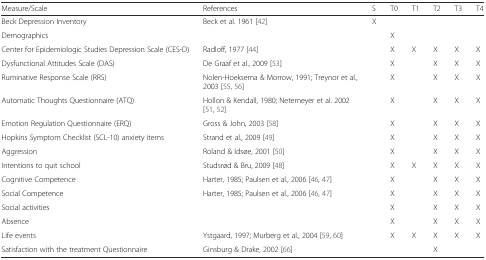
<table><thead><tr><td><b>Measure/Scale</b></td><td><b>References</b></td><td><b>S</b></td><td><b>T0</b></td><td><b>T1</b></td><td><b>T2</b></td><td><b>T3</b></td><td><b>T4</b></td></tr></thead><tbody><tr><td>Beck Depression Inventory</td><td>Beck et al. 1961 [42]</td><td>X</td><td></td><td></td><td></td><td></td><td></td></tr><tr><td>Demographics</td><td></td><td></td><td>X</td><td></td><td></td><td></td><td></td></tr><tr><td>Center for Epidemiologic Studies Depression Scale (CES-D)</td><td>Radloff, 1977 [44]</td><td></td><td>X</td><td>X</td><td>X</td><td>X</td><td>X</td></tr><tr><td>Dysfunctional Attitudes Scale (DAS)</td><td>De Graaf et al., 2009 [53]</td><td></td><td>X</td><td></td><td>X</td><td>X</td><td>X</td></tr><tr><td>Ruminative Response Scale (RRS)</td><td>Nolen-Hoeksema &amp; Morrow, 1991; Treynor et al., 2003 [55, 56]</td><td></td><td>X</td><td></td><td>X</td><td>X</td><td>X</td></tr><tr><td>Automatic Thoughts Questionnaire (ATQ)</td><td>Hollon &amp; Kendall, 1980; Netemeyer et al. 2002 [51, 52]</td><td></td><td>X</td><td></td><td>X</td><td>X</td><td>X</td></tr><tr><td>Emotion Regulation Questionnaire (ERQ)</td><td>Gross &amp; John, 2003 [58]</td><td></td><td>X</td><td></td><td>X</td><td>X</td><td>X</td></tr><tr><td>Hopkins Symptom Checklist (SCL-10) anxiety items</td><td>Strand et al., 2009 [49]</td><td></td><td>X</td><td></td><td>X</td><td>X</td><td>X</td></tr><tr><td>Aggression</td><td>Roland &amp; Idsøe, 2001 [50]</td><td></td><td>X</td><td></td><td>X</td><td>X</td><td>X</td></tr><tr><td>Intentions to quit school</td><td>Studsrød &amp; Bru, 2009 [48]</td><td></td><td>X</td><td>X</td><td>X</td><td>X</td><td>X</td></tr><tr><td>Cognitive Competence</td><td>Harter, 1985; Paulsen et al., 2006 [46, 47]</td><td></td><td>X</td><td></td><td>X</td><td>X</td><td>X</td></tr><tr><td>Social Competence</td><td>Harter, 1985; Paulsen et al., 2006 [46, 47]</td><td></td><td>X</td><td></td><td>X</td><td>X</td><td>X</td></tr><tr><td>Social activities</td><td></td><td></td><td>X</td><td></td><td>X</td><td>X</td><td>X</td></tr><tr><td>Absence</td><td></td><td></td><td>X</td><td></td><td>X</td><td>X</td><td>X</td></tr><tr><td>Life events</td><td>Ystgaard, 1997; Murberg et al., 2004 [59, 60]</td><td></td><td>X</td><td>X</td><td>X</td><td>X</td><td>X</td></tr><tr><td>Satisfaction with the treatment Questionnaire</td><td>Ginsburg &amp; Drake, 2002 [66]</td><td></td><td></td><td></td><td>X</td><td></td><td></td></tr></tbody></table>